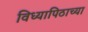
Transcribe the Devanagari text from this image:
विध्यापिठाच्या